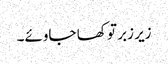
زیر زبر تو کھا جاوئے۔